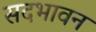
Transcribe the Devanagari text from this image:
सदभावन